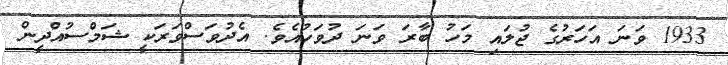
1933 ވަނަ އަހަރުގެ ޖުލައި މަހު ބާރަ ވަނަ ދުވަހުއެވެ. އެދުވަސްވަރަކީ ޝަމްސުއްދީން